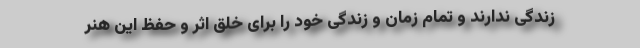
زندگی ندارند و تمام زمان و زندگی خود را برای خلق اثر و حفظ این هنر